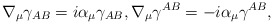
\begin{align*}\nabla _{\mu }\gamma _{AB}=i\alpha _{\mu }\gamma _{AB},\nabla _{\mu}\gamma ^{AB}=-i\alpha _{\mu }\gamma ^{AB}, \end{align*}